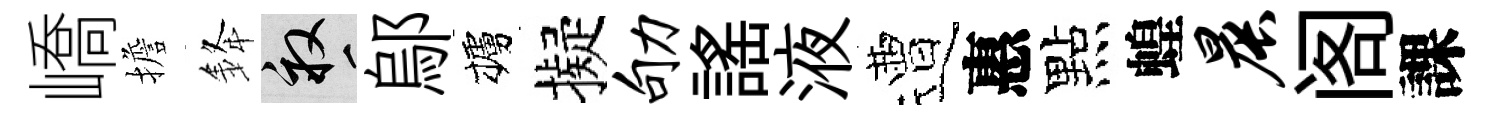
嶠擔𨦟畝鄔櫨擬劬謡液遭惠點蝗晨阁課